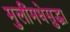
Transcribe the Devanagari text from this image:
मुलींमधेसुद्धा